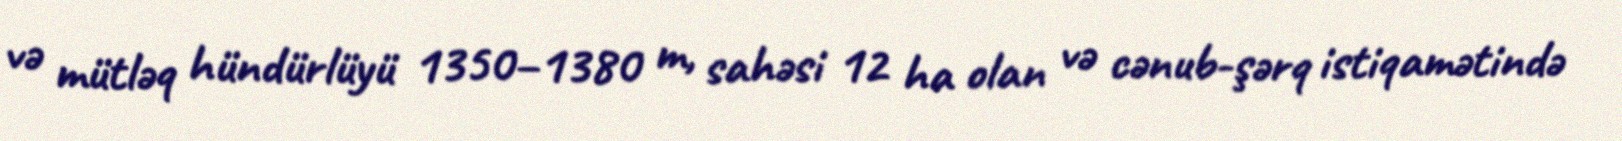
və mütləq hündürlüyü 1350–1380 m, sahəsi 12 ha olan və cənub-şərq istiqamətində